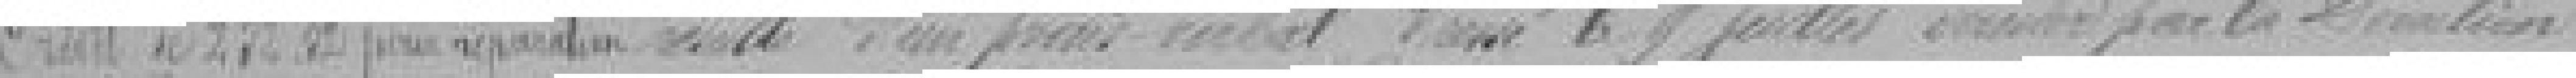
Crédit de 232,52 francs pour réparation         d'un procès-verbal passé le 9 juillet dernier par la Direction